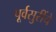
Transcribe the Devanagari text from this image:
पूर्वसुरींचे